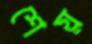
শেয়